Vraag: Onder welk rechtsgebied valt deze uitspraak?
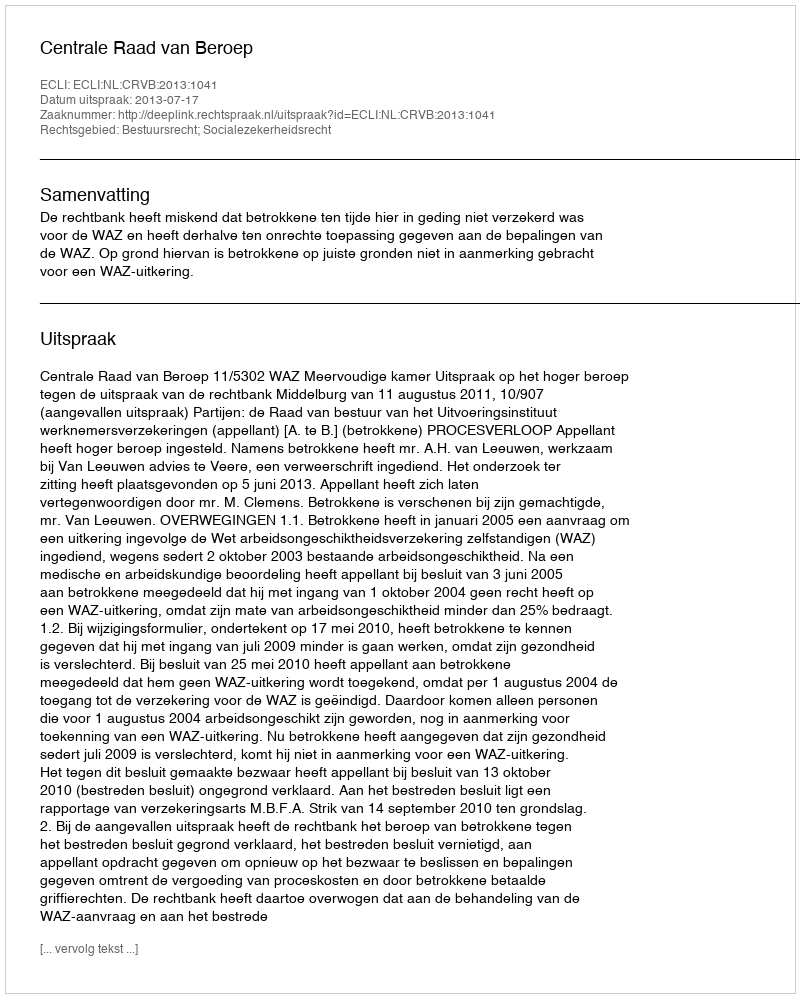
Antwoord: Bestuursrecht; Socialezekerheidsrecht